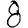
Digit: 8